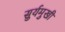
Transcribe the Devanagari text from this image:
सुर्यमुखी